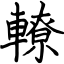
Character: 轑